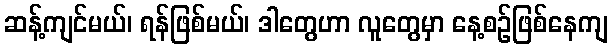
ဆန့်ကျင်မယ်၊ ရန်ဖြစ်မယ်၊ ဒါတွေဟာ လူတွေမှာ နေ့စဉ်ဖြစ်နေကျ